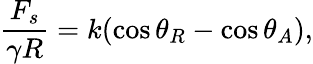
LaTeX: \frac{F_{s}}{\gamma R}=k(\cos\theta_{R}-\cos\theta_{A}),